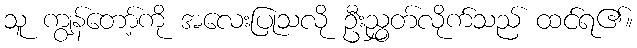
သူ ကျွန်တော့်ကို အလေးပြုသလို ဦးညွှတ်လိုက်သည် ထင်ရ၏။